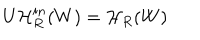
LaTeX: U \mathcal { H } _ { R } ^ { i n } ( W ) = \mathcal { H } _ { R } ( W )